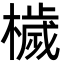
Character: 檅